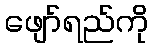
ဖျော်ရည်ကို